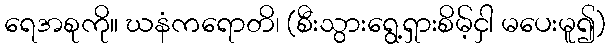
ရေအစုကို။ ဃနံကရောတိ၊ (စီးသွားရွေ့ရှားစိမ့်ငှါ မပေးမူ၍)